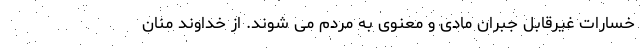
خسارات غیرقابل جبران مادی و معنوی به مردم می شوند. از خداوند منّان